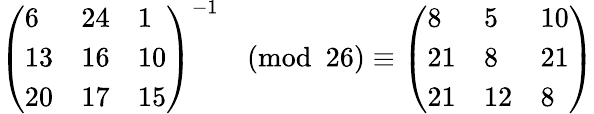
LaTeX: {\left(\begin{array}{lll}{6}&{24}&{1}\\ {13}&{16}&{10}\\ {20}&{17}&{15}\end{array}\right)}^{-1}{\pmod{26}}\equiv{\left(\begin{array}{lll}{8}&{5}&{10}\\ {21}&{8}&{21}\\ {21}&{12}&{8}\end{array}\right)}